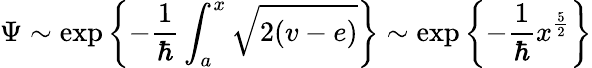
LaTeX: \Psi\sim\exp\left\{ -\frac{1}{\hbar}\int_{a}^{x}\sqrt{2(v-e)}\right\} \sim\exp\left\{ -\frac{1}{\hbar}x^{\frac{5}{2}}\right\}